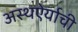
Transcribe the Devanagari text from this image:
अस्थऐर्याची